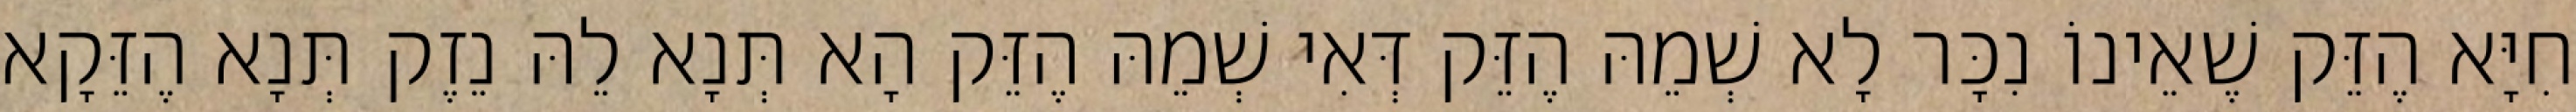
חִיָּא הֶזֵּק שֶׁאֵינוֹ נִכָּר לָא שְׁמֵהּ הֶזֵּק דְּאִי שְׁמֵהּ הֶזֵּק הָא תְּנָא לֵהּ נֵזֶק תְּנָא הֶזֵּקָא